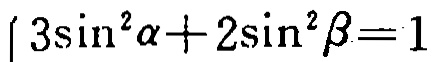
\(3\sin^{2}\alpha + 2\sin^{2}\beta = 1\)